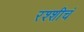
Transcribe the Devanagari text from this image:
रश्शीचं